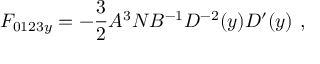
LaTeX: { \cal F } _ { 0 1 2 3 y } = - { \frac { 3 } { 2 } } A ^ { 3 } N B ^ { - 1 } D ^ { - 2 } ( y ) D ^ { \prime } ( y ) \ ,